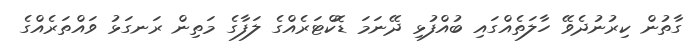
ގާތުން ކިރުނުދެވޭ ހާލަތެއްގައި ބުއްފުޅި ދޭނަމަ ޑޮކްޓަރެއްގެ ލަފާގެ މަތިން ރަނގަޅު ވައްތަރެއްގެ